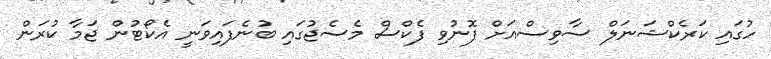
ހުގައި ކަރެކްޝަނަލް ސާވިސްއަށް ފޮނުވި ފެކްސް މެސެޖުގައި ބުނެފައިވަނީ އެކޯޓުން ޖަމާ ކުރަން